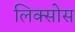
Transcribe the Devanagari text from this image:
लिक्सोस